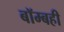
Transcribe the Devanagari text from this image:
बॉम्बही